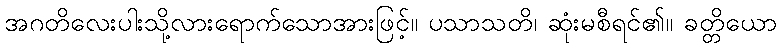
အဂတိလေးပါးသို့လားရောက်သောအားဖြင့်။ ပသာသတိ၊ ဆုံးမစီရင်၏။ ခတ္တိယော